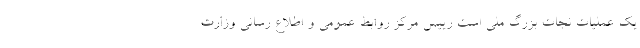
یک عملیات نجات بزرگ ملی است رییس مرکز روابط عمومی و اطلاع رسانی وزارت